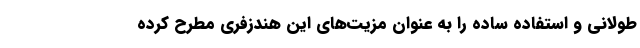
طولانی و استفاده ساده را به عنوان مزیت‌های این هندزفری‌ مطرح کرده